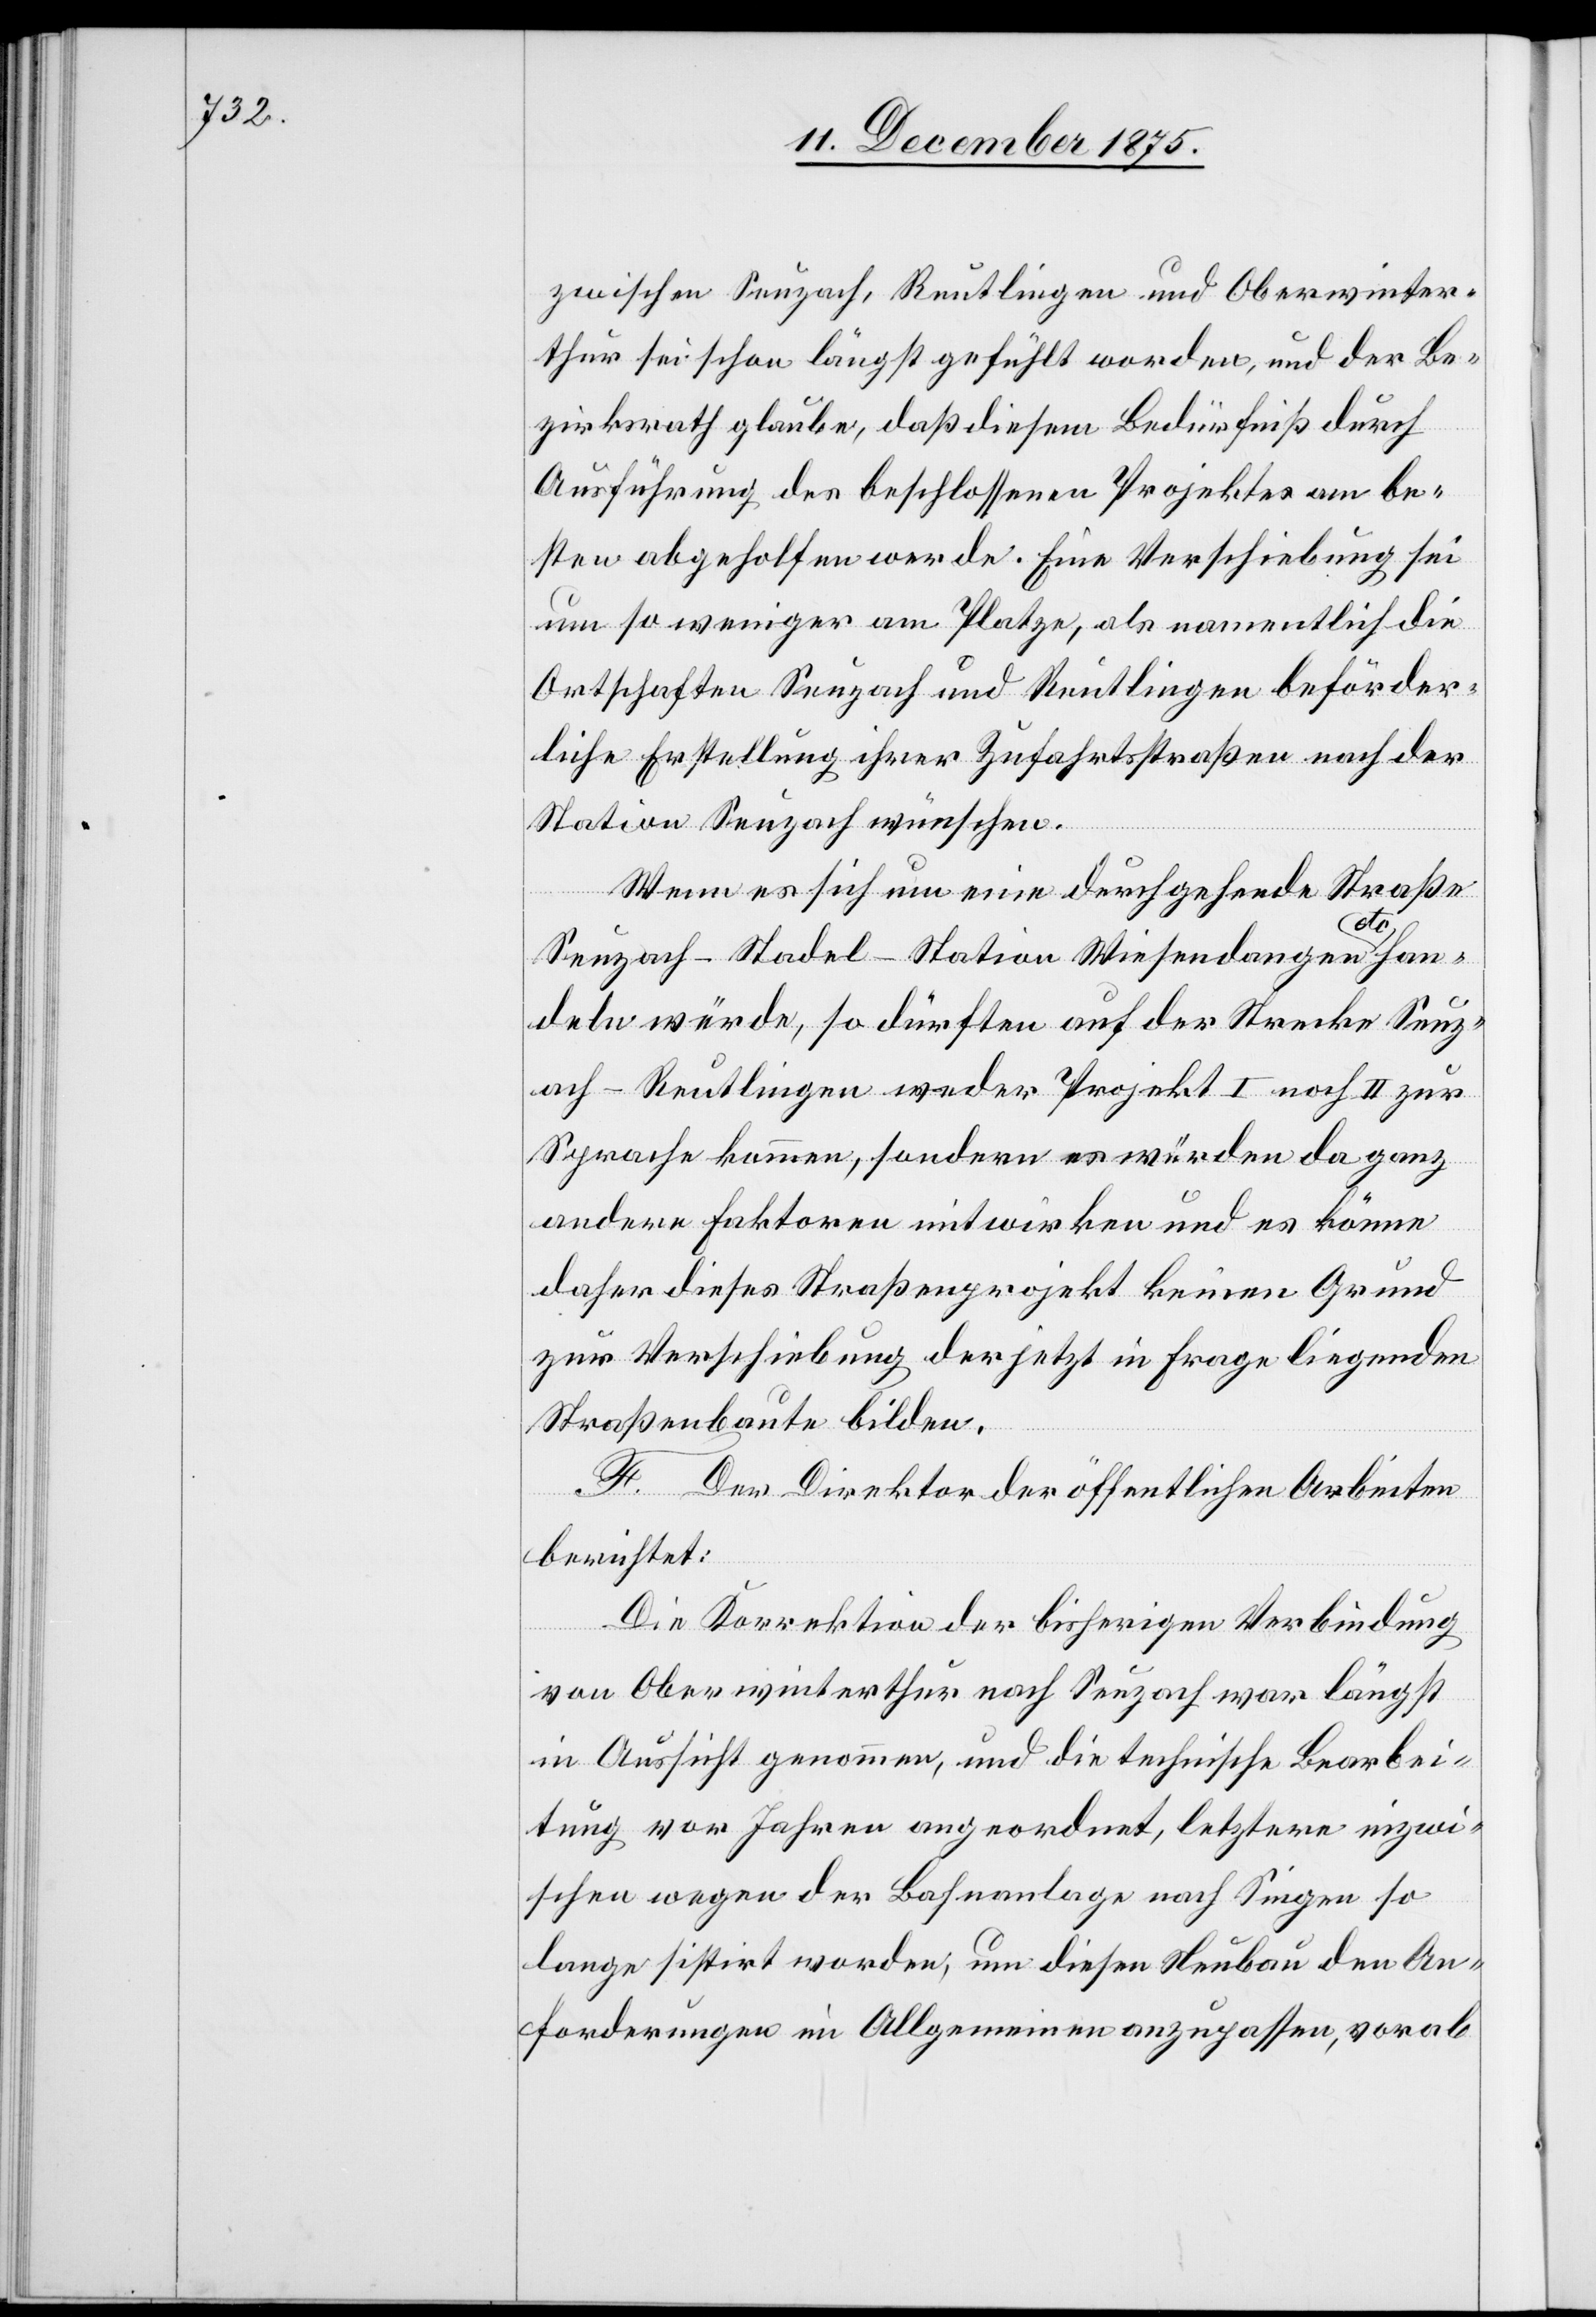
zwischen Seuzach, Reutlingen und Oberwinter¬
thur sei schon längst gefüllt worden, und der Be¬
zirksrath glaube daß diesem Bedürfniß durch
Ausführung des beschlossenen Projektes am be¬
sten abgeholfen werde. Eine Verschiebung sei
um so weniger am Platze, als namentlich die
Ortschaften Seuzach und Reutlingen beförder¬
liche Erstellung ihrer Zufahrtstraßen nach der
Station Seuzach wünschen.
Wenn es sich um eine durchgehende Straße
han¬
deln würde, so dürften auf der Strecke Seuz¬
ach–Reutlingen weder Projekt 1 noch II zur
Sprache kommen, sondern würden da ganz
andere Faktoren mitwirken und es könne
daher dieses Straßenprojekt keinen Grund
zur Verschiebung der jetzt in Frage liegenden
Straßenbaute bilden.
F. Der Direktor der öffentlichen Arbeiten
berichtet:
Wiesendangen
Die Korrektion der bisherigen Verbindung
von Oberwinterthur nach Seuzach war längst
in Aussicht genommen, und die technische Bearbei¬
tung vor Jahren angeordnet, letztere inzwi¬
schen wegen der Bahnanlage nach Singen so
lange sistirt worden, um diesen Neubau den An¬
forderungen im Allgemeinen anzupassen, vorab